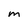
Character: M